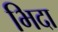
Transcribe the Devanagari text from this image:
भिदा